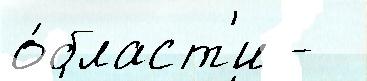
о́бласт'и -